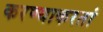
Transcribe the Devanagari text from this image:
करण्याकरतां